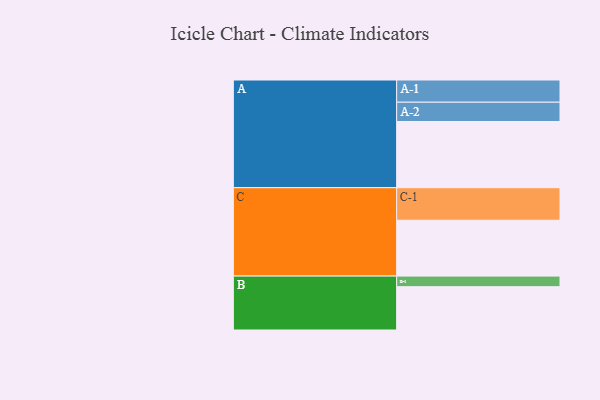
{"axis": {"x": "Segment", "y": "Value"}, "legend": ["", "A", "B", "C"], "data": [{"x": "A", "y": 480, "type": ""}, {"x": "B", "y": 314, "type": ""}, {"x": "C", "y": 405, "type": ""}, {"x": "A-1", "y": 161, "type": "A"}, {"x": "A-2", "y": 140, "type": "A"}, {"x": "B-1", "y": 77, "type": "B"}, {"x": "C-1", "y": 236, "type": "C"}]}